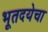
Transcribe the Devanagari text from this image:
भूतदयेचा